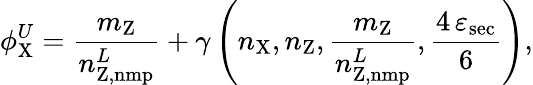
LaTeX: \phi_{\mathrm{X}}^{U}=\frac{m_{\mathrm{Z}}}{n_{\mathrm{Z,nmp}}^{L}}+\gamma\left(n_{\mathrm{X}},n_{\mathrm{Z}},\frac{m_{\mathrm{Z}}}{n_{\mathrm{Z,nmp}}^{L}},\frac{4\, \varepsilon_{\mathrm{sec}}}{6}\right),